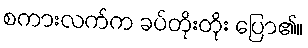
စကားလက်က ခပ်တိုးတိုး ပြော၏။